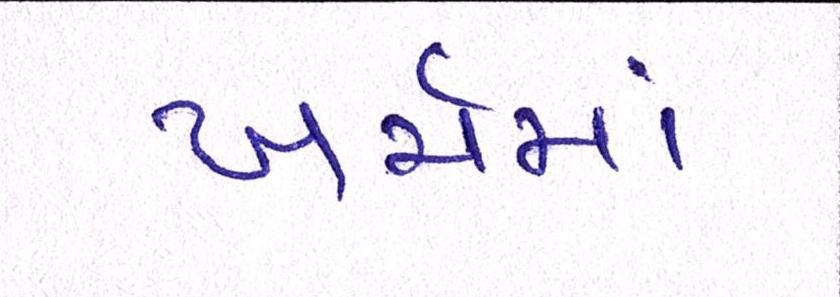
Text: ખર્ચમાં